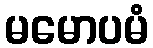
မမောပမံ